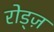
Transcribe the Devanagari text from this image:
रोड्ज़